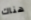
هناك